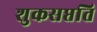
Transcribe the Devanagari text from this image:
शुकसप्तति